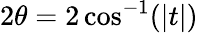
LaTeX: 2\theta=2\cos^{-1}(|t|)